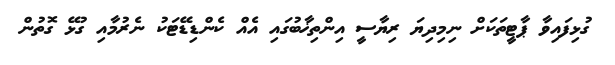
ގުޅިފައިވާ ޕާޓީތަކަށް ނިމިދިޔަ ރިޔާސީ އިންތިޚާބުގައި އެއް ކެންޑިޑޭޓަކު ނެރުމާއި ގުޅޭ ގޮތުން